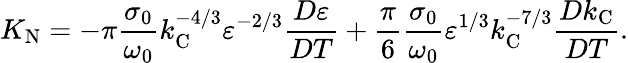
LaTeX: K_{\textrm{N}}=-\pi\frac{\sigma_{0}}{\omega_{0}}k_{\textrm{C}}^{-4/3}\varepsilon^{-2/3}\frac{D\varepsilon}{DT}+\frac{\pi}{6}\frac{\sigma_{0}}{\omega_{0}}\varepsilon^{1/3}k_{\textrm{C}}^{-7/3}\frac{Dk_{\textrm{C}}}{DT}.